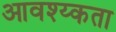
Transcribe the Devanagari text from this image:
आवश्य्कता